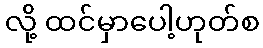
လို့ ထင်မှာပေါ့ဟုတ်စ